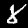
Digit: 8